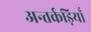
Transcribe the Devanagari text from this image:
अन्तर्कड़ियाँ